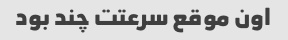
اون موقع سرعتت چند بود